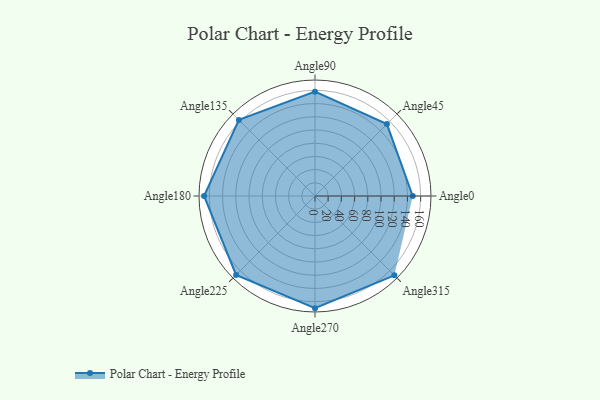
{"axis": {"x": "Angle", "y": "Radius"}, "legend": [""], "data": [{"x": "Angle0", "y": 148.0, "type": ""}, {"x": "Angle45", "y": 154.0, "type": ""}, {"x": "Angle90", "y": 158.0, "type": ""}, {"x": "Angle135", "y": 163.0, "type": ""}, {"x": "Angle180", "y": 168.0, "type": ""}, {"x": "Angle225", "y": 169.0, "type": ""}, {"x": "Angle270", "y": 170, "type": ""}, {"x": "Angle315", "y": 170, "type": ""}]}